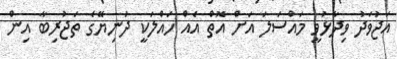
އަޖުވަދު ވިދާޅުވީ މައްސަލަ އަށް އޮތް އެއް ހައްލަކީ ދުނިޔޭގެ ތަޖުރިބާ އިން